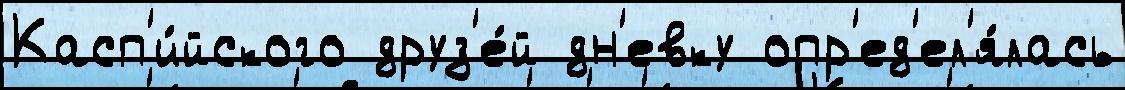
Касп'и́йского друз'е́й дн'евку опр'ед'ел'я́лась